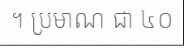
។ ប្រមាណ ជា ៤០